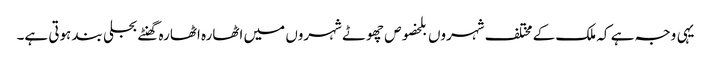
یہی وجہ ہے کہ ملک کے مختلف شہروں بلخصوص چھوٹے شہروں میں اٹھارہ اٹھارہ گھنٹے بجلی بند ہوتی ہے۔